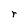
Character: r